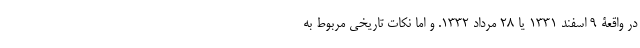
در واقعۀ 9 اسفند 1331 یا 28 مرداد 1332. و اما نکات تاریخی مربوط به